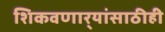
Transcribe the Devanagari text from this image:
शिकवणार्‍यांसाठीही